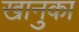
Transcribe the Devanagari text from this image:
खानुका